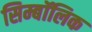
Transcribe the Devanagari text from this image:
सिम्बॉलिक